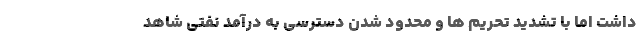
داشت اما با تشدید تحریم ها و محدود شدن دسترسی به درآمد نفتی شاهد